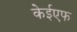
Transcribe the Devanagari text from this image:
केईएफ